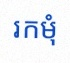
រកមុំ